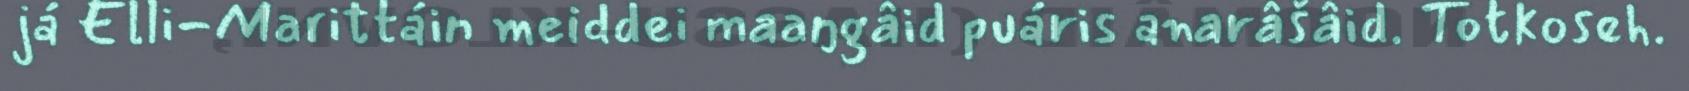
já Elli-Marittáin meiddei maaŋgâid puáris anarâšâid. Totkoseh.